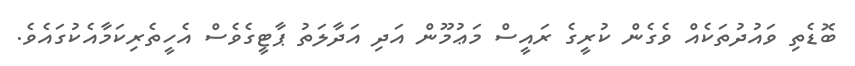
ބޮޑެތި ވައުދުތަކެއް ވެގެން ކުރީގެ ރައީސް މަޢުމޫން އަދި އަދާލަތު ޕާޓީގެވެސް އެހީތެރިކަމާއެކުގައެވެ.